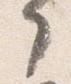
了